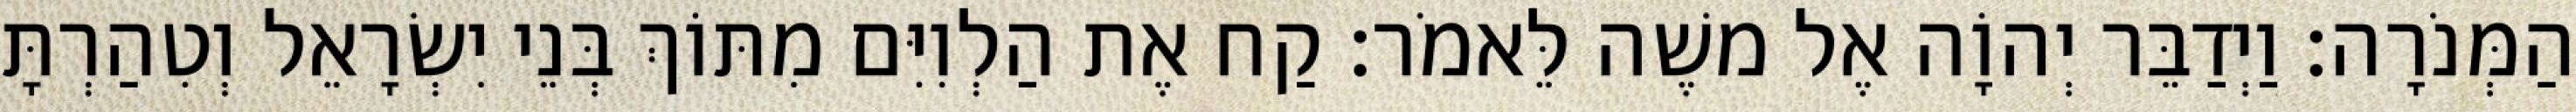
הַמְּנֹרָה׃ וַיְדַבֵּר יְהוָֹה אֶל משֶׁה לֵּאמֹר׃ קַח אֶת הַלְוִיִּם מִתּוֹךְ בְּנֵי יִשְׂרָאֵל וְטִהַרְתָּ